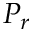
P _ { r }